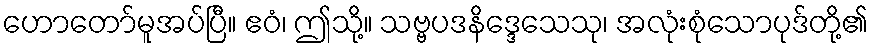
ဟောတော်မူအပ်ပြီ။ ဧဝံ၊ ဤသို့။ သဗ္ဗပဒနိဒ္ဒေသေသု၊ အလုံးစုံသောပုဒ်တို့၏